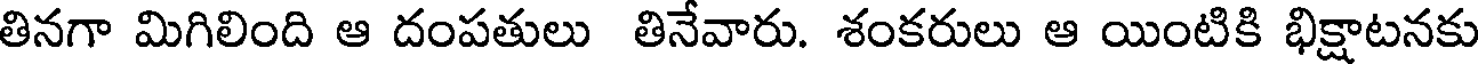
తినగా మిగిలింది ఆ దంపతులు తినేవారు. శంకరులు ఆ యింటికి భిక్షాటనకు